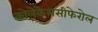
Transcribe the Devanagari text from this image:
कोलेकेलसीफेरोल